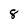
Character: 8